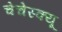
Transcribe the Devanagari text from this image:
चेचेस्क्यू